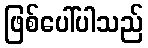
ဖြစ်ပေါ်ပါသည်